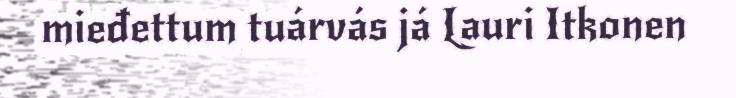
mieđettum tuárvás já Lauri Itkonen